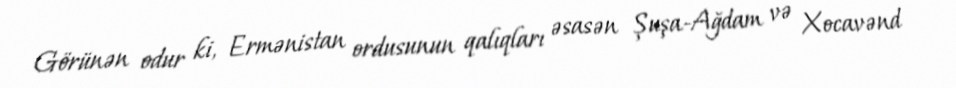
Görünən odur ki, Ermənistan ordusunun qalıqları əsasən Şuşa-Ağdam və Xocavənd